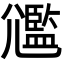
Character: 𡰛